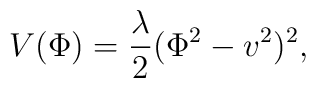
V(\Phi)= \frac{\lambda}{2}(\Phi^{2}-v^{2})^{2},